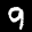
Label: 9